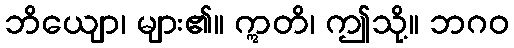
ဘိယျော၊ များ၏။ ဣတိ၊ ဤသို့။ ဘဂဝ